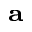
\bf _ { a }